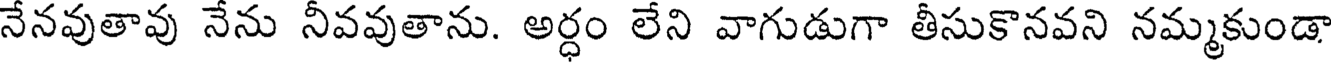
నేనవుతావు నేను నీవవుతాను. అర్ధం లేని వాగుడుగా తీసుకొనవని నమ్మకుండా